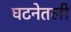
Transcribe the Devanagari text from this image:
घटनेतली